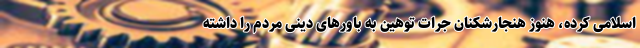
اسلامی کرده، هنوز هنجارشکنان جرات توهین به باورهای دینی مردم را داشته